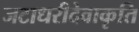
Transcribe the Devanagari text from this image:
जटाधरीदेवाकृति